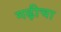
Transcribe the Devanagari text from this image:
गढ़ीचा